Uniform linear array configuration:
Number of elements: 64
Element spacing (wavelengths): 0.75
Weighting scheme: hamming
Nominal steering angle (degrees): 0
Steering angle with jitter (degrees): -1.009
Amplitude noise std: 0.05
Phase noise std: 0.05

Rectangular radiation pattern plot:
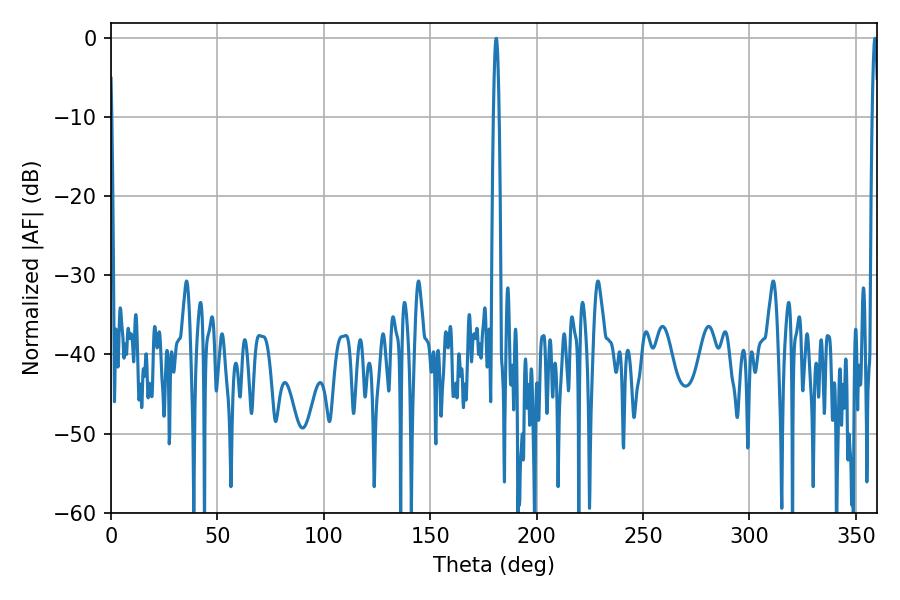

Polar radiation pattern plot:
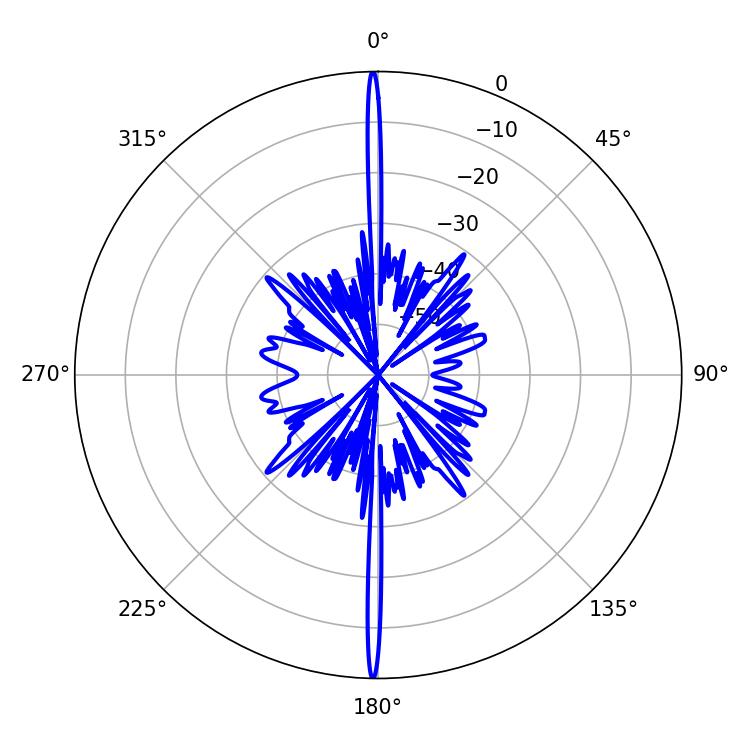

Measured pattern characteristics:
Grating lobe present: TRUE
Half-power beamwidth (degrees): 1.26
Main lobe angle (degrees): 358.92